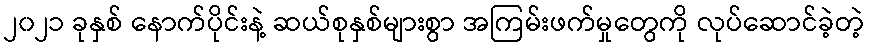
၂၀၂၁ ခုနှစ် နောက်ပိုင်းနဲ့ ဆယ်စုနှစ်များစွာ အကြမ်းဖက်မှုတွေကို လုပ်ဆောင်ခဲ့တဲ့